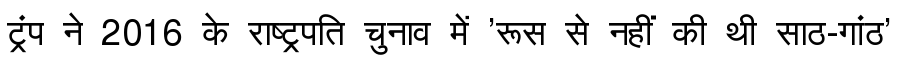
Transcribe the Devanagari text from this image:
ट्रंप ने 2016 के राष्ट्रपति चुनाव में 'रूस से नहीं की थी साठ-गांठ'